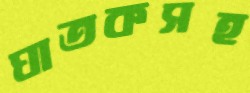
ঘাতকসহ